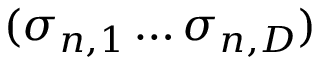
( \sigma _ { n , 1 } \ldots \sigma _ { n , D } )